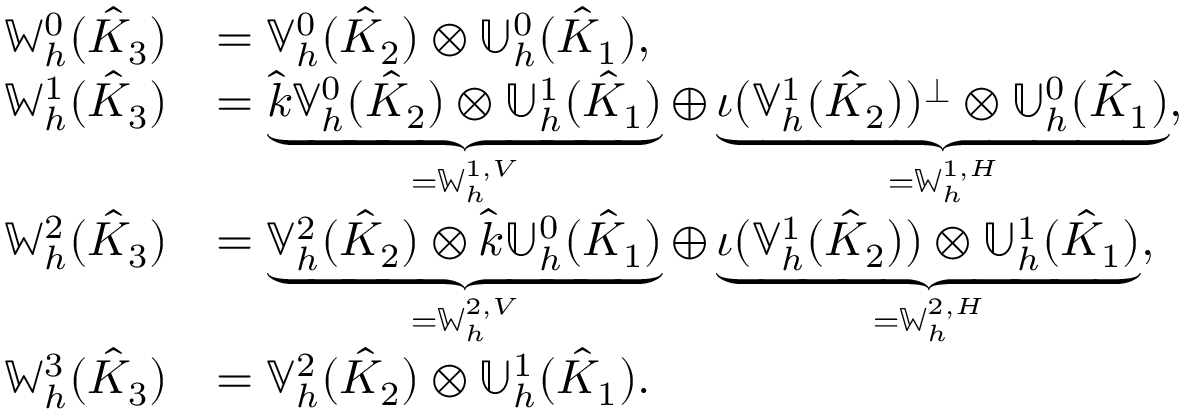
\begin{array} { r l } { \mathbb { W } _ { h } ^ { 0 } ( \hat { K } _ { 3 } ) } & { = \mathbb { V } _ { h } ^ { 0 } ( \hat { K } _ { 2 } ) \otimes \mathbb { U } _ { h } ^ { 0 } ( \hat { K } _ { 1 } ) , } \\ { \mathbb { W } _ { h } ^ { 1 } ( \hat { K } _ { 3 } ) } & { = \underbrace { \hat { k } \mathbb { V } _ { h } ^ { 0 } ( \hat { K } _ { 2 } ) \otimes \mathbb { U } _ { h } ^ { 1 } ( \hat { K } _ { 1 } ) } _ { = \mathbb { W } _ { h } ^ { 1 , V } } \oplus \underbrace { \iota ( \mathbb { V } _ { h } ^ { 1 } ( \hat { K } _ { 2 } ) ) ^ { \perp } \otimes \mathbb { U } _ { h } ^ { 0 } ( \hat { K } _ { 1 } ) } _ { = \mathbb { W } _ { h } ^ { 1 , H } } , } \\ { \mathbb { W } _ { h } ^ { 2 } ( \hat { K } _ { 3 } ) } & { = \underbrace { \mathbb { V } _ { h } ^ { 2 } ( \hat { K } _ { 2 } ) \otimes \hat { k } \mathbb { U } _ { h } ^ { 0 } ( \hat { K } _ { 1 } ) } _ { = \mathbb { W } _ { h } ^ { 2 , V } } \oplus \underbrace { \iota ( \mathbb { V } _ { h } ^ { 1 } ( \hat { K } _ { 2 } ) ) \otimes \mathbb { U } _ { h } ^ { 1 } ( \hat { K } _ { 1 } ) } _ { = \mathbb { W } _ { h } ^ { 2 , H } } , } \\ { \mathbb { W } _ { h } ^ { 3 } ( \hat { K } _ { 3 } ) } & { = \mathbb { V } _ { h } ^ { 2 } ( \hat { K } _ { 2 } ) \otimes \mathbb { U } _ { h } ^ { 1 } ( \hat { K } _ { 1 } ) . } \end{array}